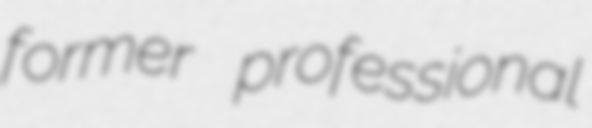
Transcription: former professional